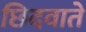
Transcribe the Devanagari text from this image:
छिदवाते